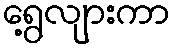
ရွေ့လျားကာ